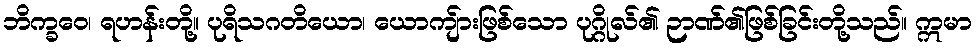
ဘိက္ခဝေ၊ ရဟန်းတို့။ ပုရိသဂတိယော၊ ယောကျ်ားဖြစ်သော ပုဂ္ဂိုလ်၏ ဉာဏ်၏ဖြစ်ခြင်းတို့သည်။ ဣမာ